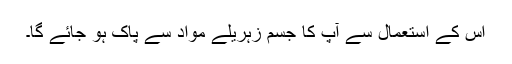
اس کے استعمال سے آپ کا جسم زہریلے مواد سے پاک ہو جائے گا۔